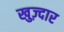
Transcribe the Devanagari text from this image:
खुज़्दार